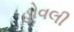
હોવલી